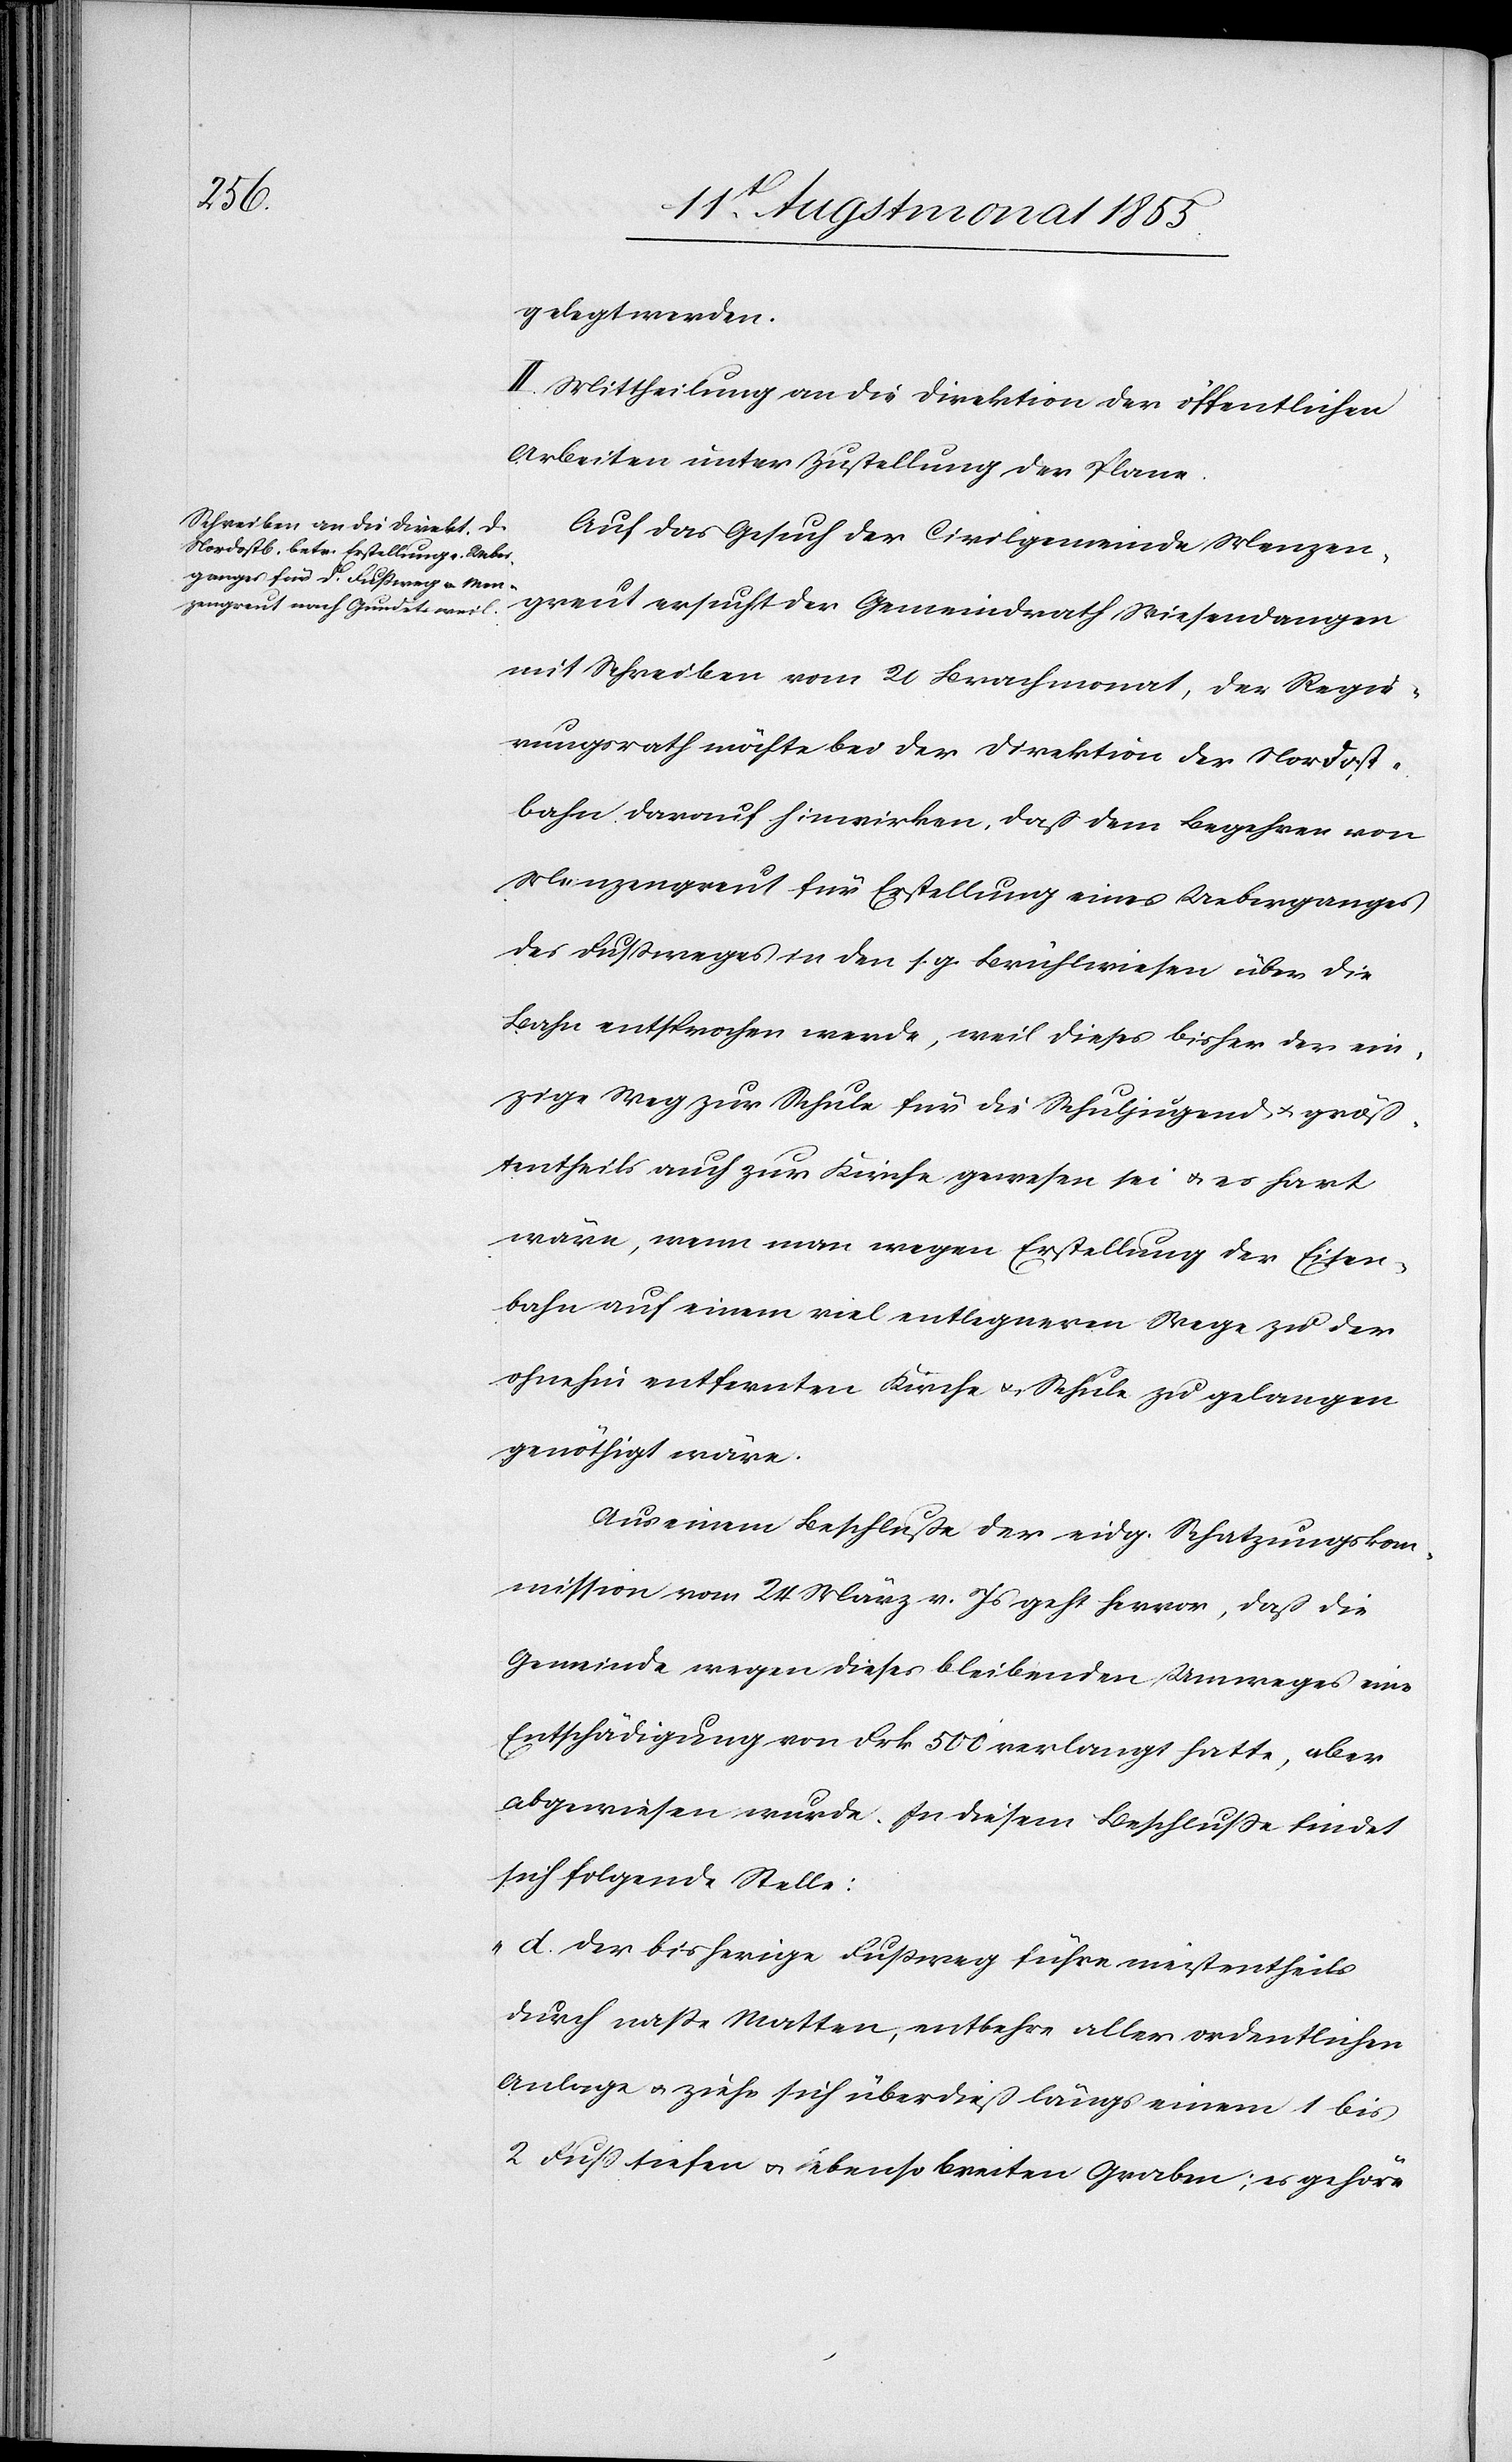
gelegt werden.
II. Mittheilung an die Direktion der öffentlichen
Arbeiten unter Zustellung der Plane.
Auf das Gesuch der Civilgemeinde Menzen¬
greut ersucht der Gemeindrath Wiesendangen
mit Schreiben vom 20 Brachmonat, der Regie¬
rungsrath möchte bei der Direktion der Nordost¬
bahn darauf hinwirken, daß dem Begehren von
Menzengreut für Erstellung eines Ueberganges
des Fussweges in den s. g. Brühlwiesen über die
Bahn entsprochen werde, weil dieses bisher der ein¬
zige Weg zur Schule für die Schuljugend & größ¬
tentheils auch zur Kirche gewesen sei & es hart
wäre, wenn man wegen Erstellung der Eisen¬
bahn auf einem viel entlegneren Wege zu der
ohnehin entfernten Kirche & Schule zu gelangen
genöthigt wäre.
Aus einem Beschluße der eidg. Schatzungskom¬
mission vom 24 März v. Js geht hervor, daß die
Gemeinde wegen dieses bleibenden Umweges eine
Entschädigung von Frk. 500 verlangt hatte, aber
abgewiesen wurde. In diesem Beschlusse findet
sich folgende Stelle:
„d. Der bisherige Fussweg führe meistentheils
durch nasse Matten, entbehre aller ordentlichen
Anlage & ziehe sich überdieß längs einem 1 bis
2 Fuß tiefen & ebenso breiten Graben; es gehöre